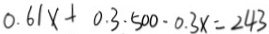
0 . 6 1 x + 0 . 3 . 5 0 0 - 0 . 3 x = 2 4 3